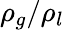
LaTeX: \rho_{g}/\rho_{l}